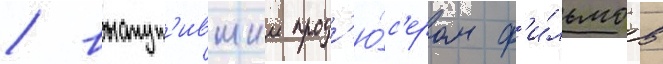
/ выступ'ившии прод'ю́с'ером ф'и́льмов